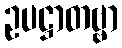
ဥပဋ္ဌာတဗ္ဗာ